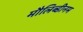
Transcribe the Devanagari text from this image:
मौलिब्डीनम